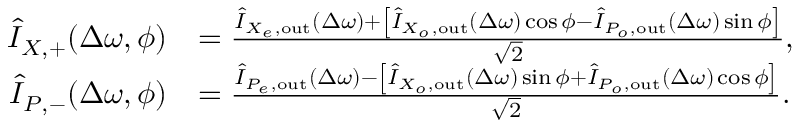
\begin{array} { r l } { \hat { I } _ { X , + } ( \Delta \omega , \phi ) } & { = \frac { \hat { I } _ { X _ { e } , \mathrm { o u t } } ( \Delta \omega ) + \left[ \hat { I } _ { X _ { o } , \mathrm { o u t } } ( \Delta \omega ) \cos \phi - \hat { I } _ { P _ { o } , \mathrm { o u t } } ( \Delta \omega ) \sin \phi \right] } { \sqrt { 2 } } , } \\ { \hat { I } _ { P , - } ( \Delta \omega , \phi ) } & { = \frac { \hat { I } _ { P _ { e } , \mathrm { o u t } } ( \Delta \omega ) - \left[ \hat { I } _ { X _ { o } , \mathrm { o u t } } ( \Delta \omega ) \sin \phi + \hat { I } _ { P _ { o } , \mathrm { o u t } } ( \Delta \omega ) \cos \phi \right] } { \sqrt { 2 } } . } \end{array}